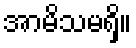
အာမိသမရှိ။